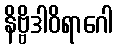
နိဗ္ဗိဒါဝိရာဂေါ